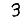
Digit: 3